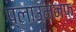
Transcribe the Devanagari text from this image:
प्लाउमनफ़